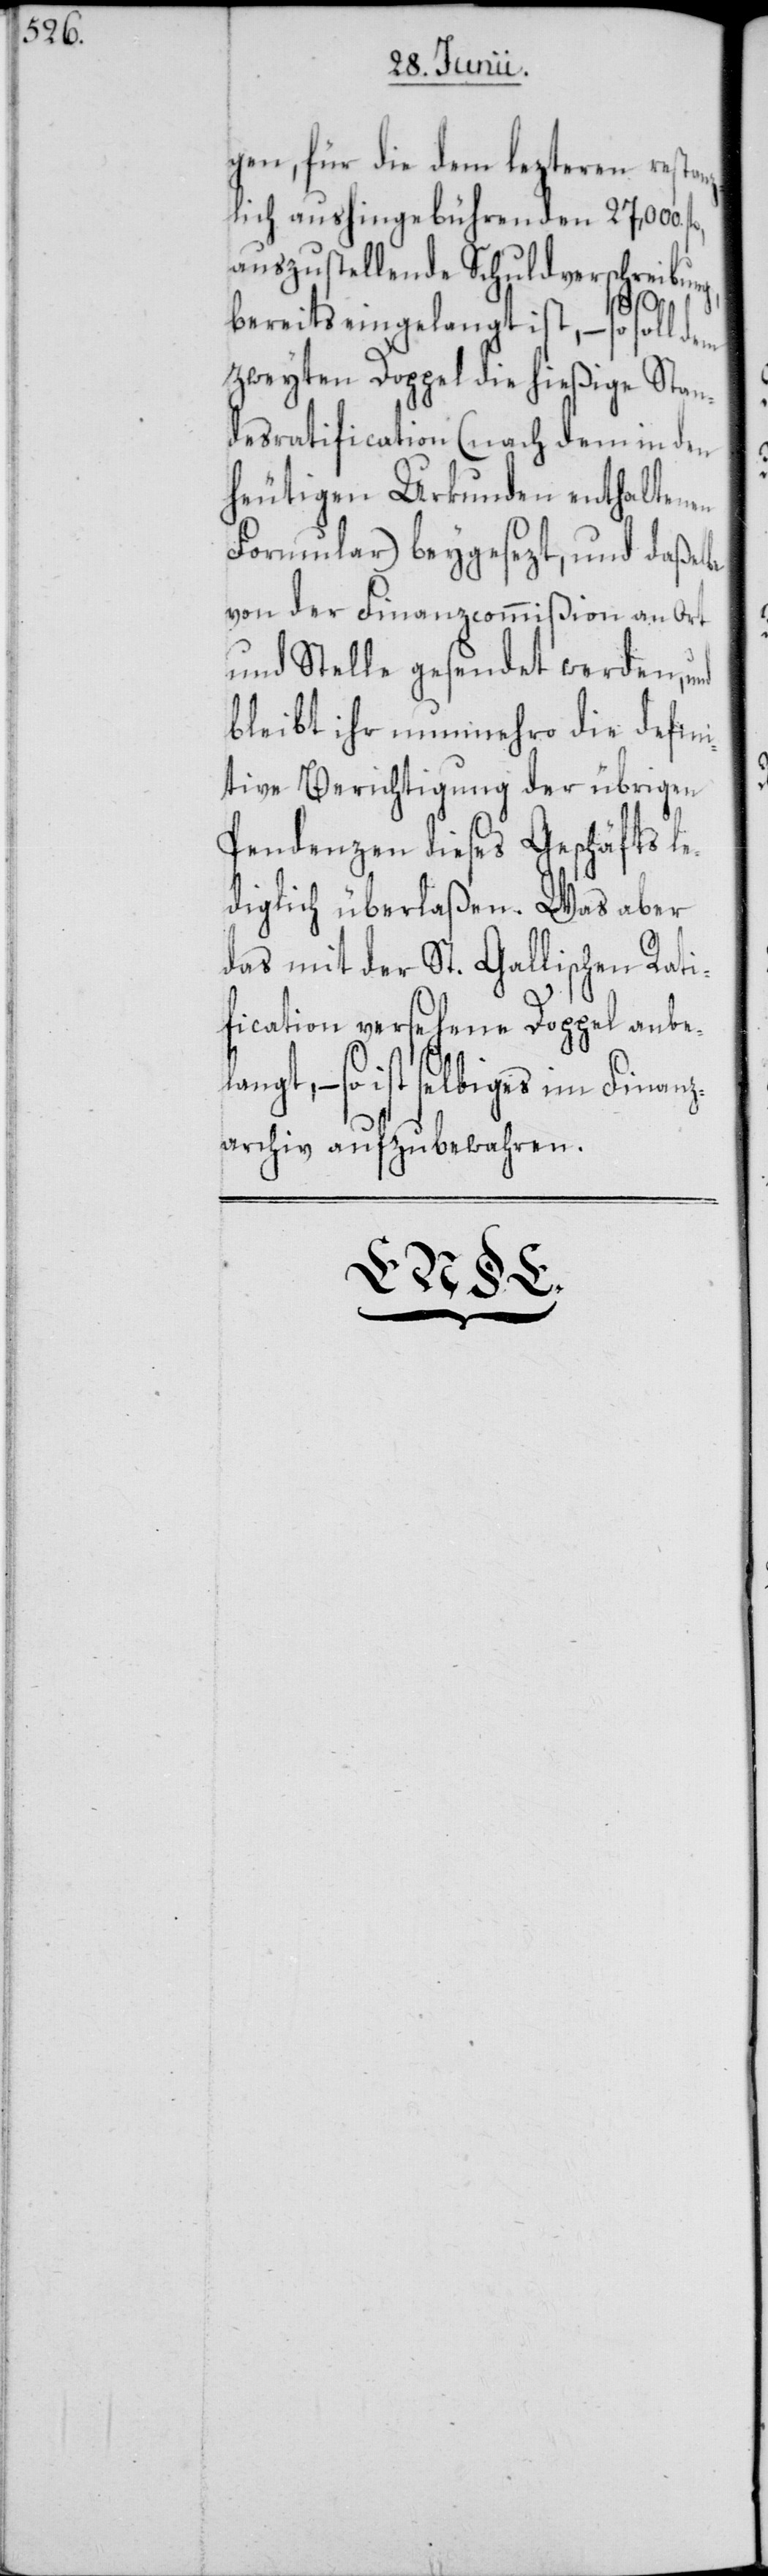
gen, für die dem lezteren restan¬
zlich aushingebührenden 27,000.
auszustellende Schuldverschreibun¬
langt,
bereits eingelangt ist, – so soll dem
zweyten Doppel die hießige Stan¬
desratification (nach dem in den
heutigen Urkunden enthaltenen
Formular) beygesezt, und daßelbe
von der Finanzcommißion an Ort
und Stelle gesendet werden, und
bleibt ihr nunmehro die defini¬
tive Berichtigung der übrigen
Pendenzen dieses Geschäfts le¬
diglich überlaßen. Was aber
das mit der St. Gallischen Rati¬
fication versehene Doppel anbe¬
ist selbiges im Finanz¬
archiv aufzubewahren.